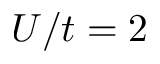
U / t = 2